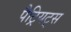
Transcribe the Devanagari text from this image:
पैट्रियट्स